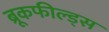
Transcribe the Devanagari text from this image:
ब्रूकफील्ड्स